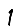
Digit: 1